Statistical return of the lunatic asylum in Assam - 1912-1932
Year: 1912
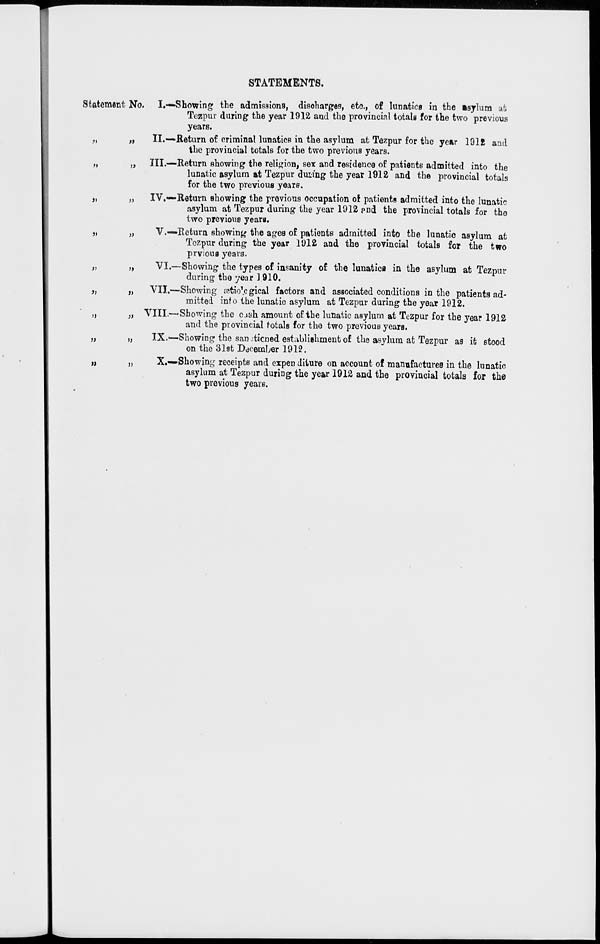
STATEMENTS,
Statement No. I.—Showing the admissions, discharges, etc., of lunatics in the asylum at
Tezpur during the year 1912 and the provincial totals for the two previous
years.
II.—Return of criminal lunatics in the asylum at Tezpur for the year 1912 and
the provincial totals for the two previous years.
III.—Return showing the religion, sex and residence of patients admitted into the
lunatic asylum at Tezpur duiing the year 1912 and the provincial totals
for the two previous years.
IV.—Return showing the previous occupation of patients admitted into the lunatic
asylum at Tezpur during the year 1912 pnd the provincial totals for the
two previous years.
V.—»Return showing the ages of patients admitted into the lunatic asylum at
Tezpur during the year 1912 and the provincial totals for the two
prvioua years.
VI.—Showing the types of insanity of the lunatics in the asylum at Tezpur
during the year 1910.
VII.—Showing cetio'cgical factors and associated conditions in the patients ad-
mitted info the lunatic asylum at Tezpur during the year 1912.
VIII.—'Showing the cash amount of the lunatic asylum at Tezpur for the year 1912
and the provincial totals for the two previous years.
IX.—Showing the sanctioned establishmentof the asylum at Tezpur as ifc stood
on the 31st December 1912.
X.—Showing receipts and expen diture on account of manufactures in the lunatic
asylum at Tezpur duriDg the year 1912 and the provincial totals for the
two previous years.
>t
>»
a
3)
J>
»
»
»
n
a
a
)>
i>
»
u
}>
»
)i